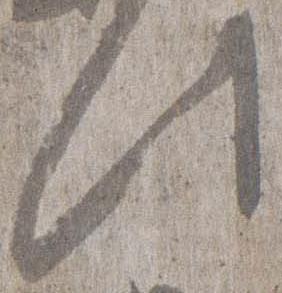
此